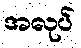
အလုပ်